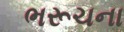
ભરૂચના